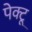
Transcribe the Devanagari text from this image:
पेक्टू